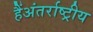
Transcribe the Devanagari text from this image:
हैंअंतर्राष्ट्रीय